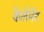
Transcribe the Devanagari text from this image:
केलेमेंट